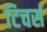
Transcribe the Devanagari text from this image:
टिचर्स